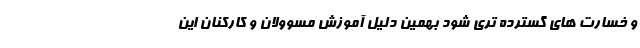
و خسارت های گسترده تری شود بهمین دلیل آموزش مسوولان و کارکنان این